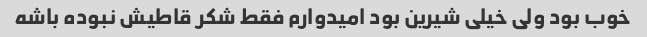
خوب بود ولی خیلی شیرین بود امیدوارم فقط شکر قاطیش نبوده باشه